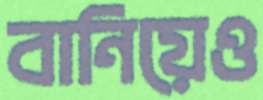
বানিয়েও